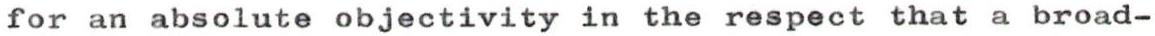
for an absolute objectivity in the respect that a broad-